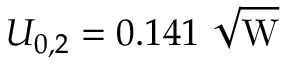
U _ { 0 , 2 } = 0 . 1 4 1 ~ \mathrm { \sqrt { W } }